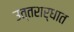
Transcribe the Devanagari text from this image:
उत्तरार्धात